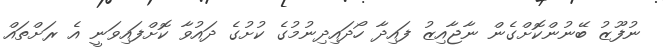
ނުފޫޒު ބޭނުންކޮށްގެން ނާޖާއިޒު ފައިދާ ހޯދައިދިނުމުގެ ކުށުގެ ދައުވާ ކޮށްފައިވަނީ އެ ރަށްތައް